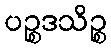
ပဉ္စဒသိဉ္စ